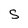
Character: S